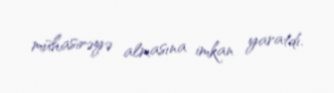
mühasirəyə almasına imkan yaratdı.